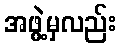
အဖွဲ့မှလည်း